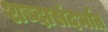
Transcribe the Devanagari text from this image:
शब्दासंदर्भात